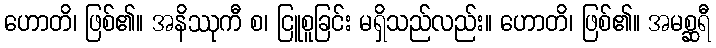
ဟောတိ၊ ဖြစ်၏။ အနိဿုကီ စ၊ ငြူစူခြင်း မရှိသည်လည်း။ ဟောတိ၊ ဖြစ်၏။ အမစ္ဆရီ